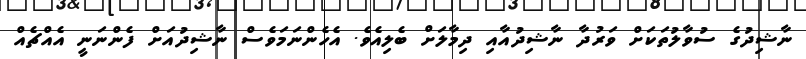
ނާޝިދުގެ ސުވާލުތަކަށް ވަރުދާ ނާޝިދުއާއި ދިމާލަށް ބެލިއެވެ. އެހެންނަމަވެސް ނާޝިދުއަށް ފެންނަނީ އެއްޗެއް